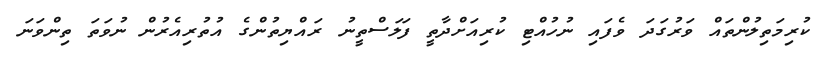
ކުރިމަތިލުންތައް ވަރުގަދަ ވެފައި ނުހުއްޓި ކުރިއަށްދާތީ ފަލަސްތީނު ރައްޔިތުންގެ އުތުރިއެރުން ނުވަތަ ތިންވަނަ